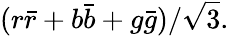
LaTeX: (r{\bar{r}}+b{\bar{b}}+g{\bar{g}})/{\sqrt{3}}.